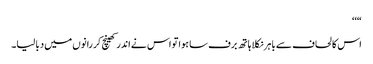
“‘‘
اس کا لحاف سے باہر نکلا ہاتھ برف سا ہوا تو اس نے اندر کھینچ کر رانوں میں دبا لیا۔